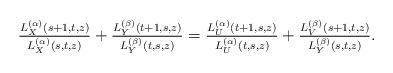
LaTeX: \begin{align*}\tfrac{L_X^{(\alpha)}(s+1,t,z)}{L_X^{(\alpha)}(s,t,z)}+\tfrac{L_Y^{(\beta)}(t+1,s,z)}{L_Y^{(\beta)}(t,s,z)}=\tfrac{L_U^{(\alpha)}(t+1,s,z)}{L_U^{(\alpha)}(t,s,z)}+\tfrac{L_V^{(\beta)}(s+1,t,z)}{L_Y^{(\beta)}(s,t,z)}.\end{align*}